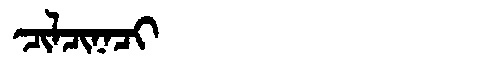
Manchu: ᠴᡳᠯᠴᡳᠨᠠᠴᡳ
Romanization: CILCINACI